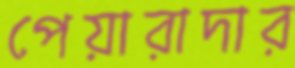
পেয়ারাদার